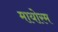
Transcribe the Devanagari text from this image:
मायोरम